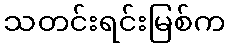
သတင်းရင်းမြစ်က